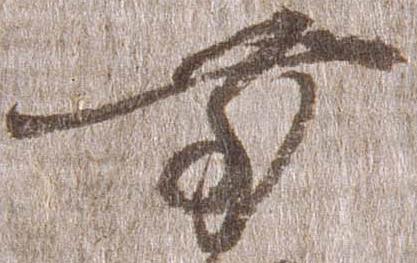
前